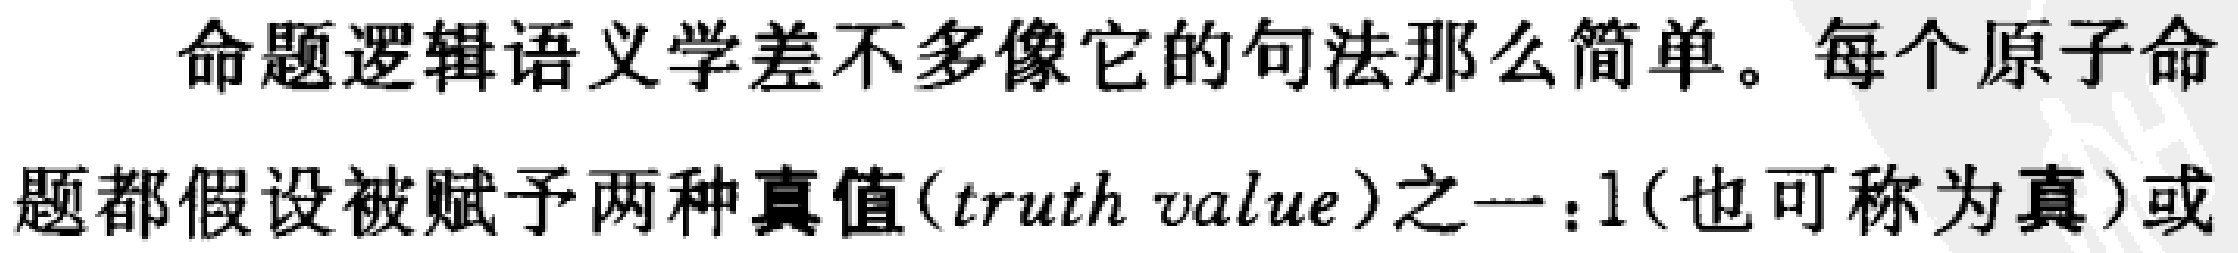
命题逻辑语义学差不多像它的句法那么简单。每个原子命题都假设被赋予两种真值(\(truth\ value\))之一：1(也可称为真)或